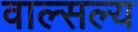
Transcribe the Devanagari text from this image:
वाल्सल्य